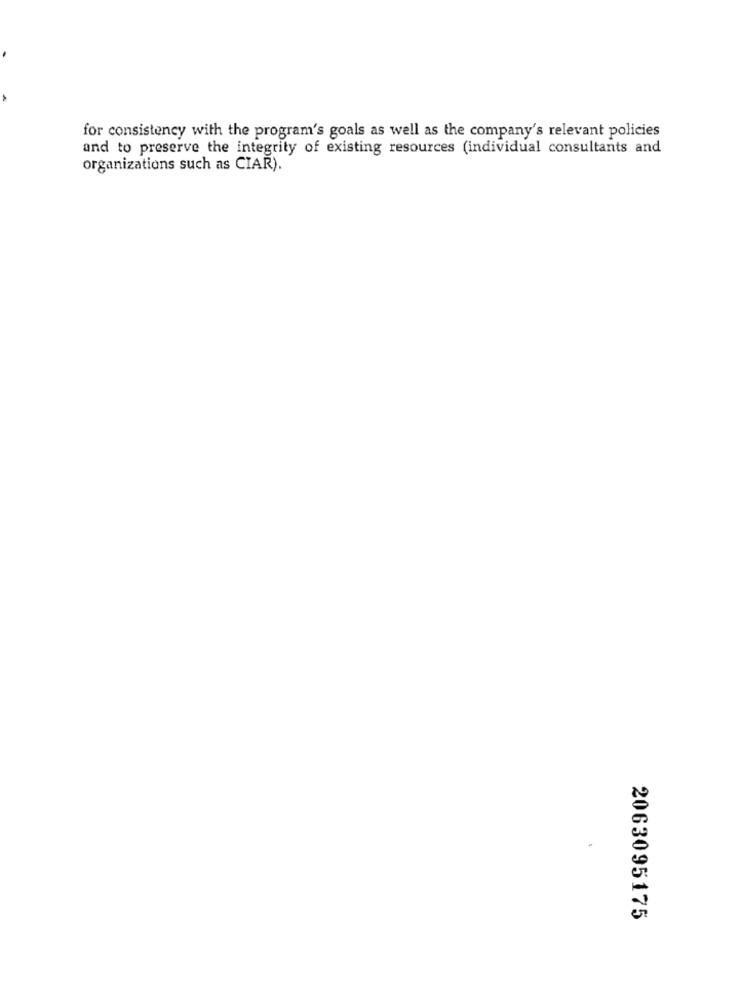
for consistency with the program's goals as well as the company's relevant policies
and to preserve the integrity of existing resources (individual consultants and
organizations such as CIAR).
2063095175